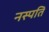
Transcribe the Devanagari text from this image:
नस्पति